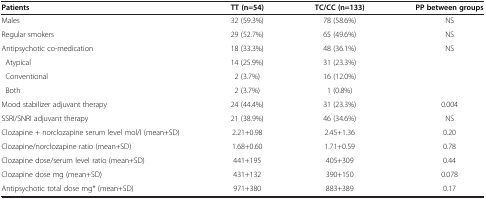
| Patients | TT (n=54) | TC/CC (n=133) | PP between groups |
 | --- | --- | --- | --- |
 | Males | 32 (59.3%) | 78 (58.6%) | NS |
 | Regular smokers | 29 (52.7%) | 65 (49.6%) | NS |
 | Antipsychotic co-medication | 18 (33.3%) | 48 (36.1%) | NS |
 | Atypical | 14 (25.9%) | 31 (23.3%) |  |
 | Conventional | 2 (3.7%) | 16 (12.0%) |  |
 | Both | 2 (3.7%) | 1 (0.8%) |  |
 | Mood stabilizer adjuvant therapy | 24 (44.4%) | 31 (23.3%) | 0.004 |
 | SSRI/SNRI adjuvant therapy | 21 (38.9%) | 46 (34.6%) | NS |
 | Clozapine + norclozapine serum level mol/l (mean+SD) | 2.21+0.98 | 2.45+1.36 | 0.20 |
 | Clozapine/norclozapine ratio (mean+SD) | 1.68+0.60 | 1.71+0.59 | 0.78 |
 | Clozapine dose/serum level ratio (mean+SD) | 441+195 | 405+309 | 0.44 |
 | Clozapine dose mg (mean+SD) | 431+132 | 390+150 | 0.078 |
 | Antipsychotic total dose mg* (mean+SD) | 971+380 | 883+389 | 0.17 |